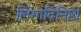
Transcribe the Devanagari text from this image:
लिंगादिनिष्ठो